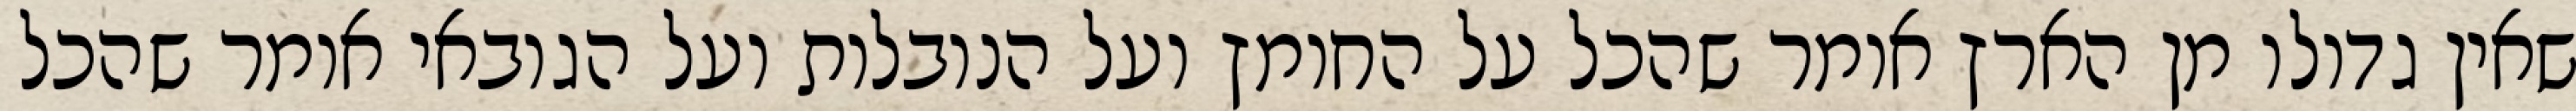
שאין גדולו מן הארץ אומר שהכל על החומץ ועל הנובלות ועל הגובאי אומר שהכל